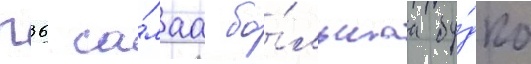
п36 са́маа бо́льшаа бу́дка